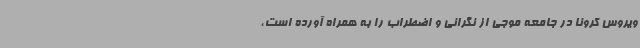
ویروس کرونا در جامعه موجی از نگرانی و اضطراب را به همراه آورده است،